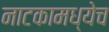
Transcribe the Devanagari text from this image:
नाटकामध्येच